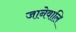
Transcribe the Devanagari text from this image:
जानेवालि